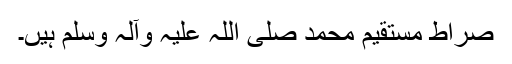
صراط مستقیم محمد صلی اللہ علیہ وآلہ وسلم ہیں۔